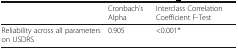
<table><thead><tr><td></td><td><b>Cronbach’s Alpha</b></td><td><b>Interclass Correlation Coefficient F-Test</b></td></tr></thead><tbody><tr><td>Reliability across all parameters on USDRS</td><td>0.905</td><td>&lt;0.001*</td></tr></tbody></table>